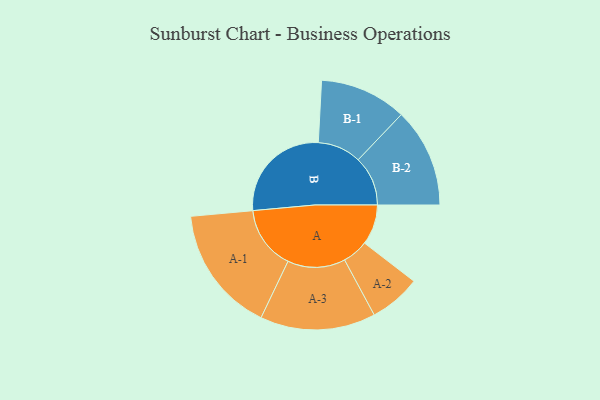
{"axis": {"x": "Segment", "y": "Value"}, "legend": ["", "A", "B"], "data": [{"x": "A", "y": 184, "type": ""}, {"x": "B", "y": 481, "type": ""}, {"x": "A-1", "y": 290, "type": "A"}, {"x": "A-2", "y": 118, "type": "A"}, {"x": "A-3", "y": 264, "type": "A"}, {"x": "B-1", "y": 199, "type": "B"}, {"x": "B-2", "y": 227, "type": "B"}]}